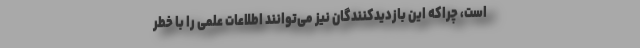
است، چراکه این بازدیدکنندگان نیز می‌توانند اطلاعات علمی را با خطر